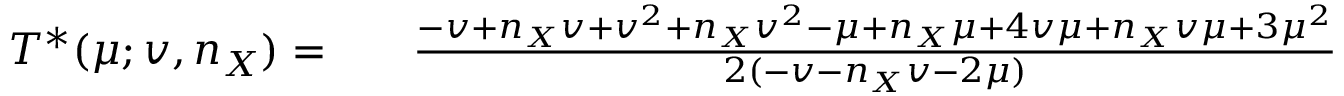
\begin{array} { r l r } { T ^ { \ast } ( \mu ; v , n _ { X } ) = } & { { } } & { \frac { - v + n _ { X } v + v ^ { 2 } + n _ { X } v ^ { 2 } - \mu + n _ { X } \mu + 4 v \mu + n _ { X } v \mu + 3 \mu ^ { 2 } } { 2 ( - v - n _ { X } v - 2 \mu ) } } \end{array}